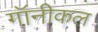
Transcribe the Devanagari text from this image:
गॉनीकल